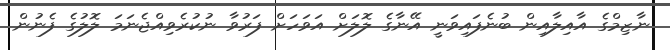
ނާޒިމްގެ އާއިލާއިން ބުނެފައިވަނީ އޭނާގެ ލޮލަށް އަވަހަށް ފަރުވާ ނުކުރެވިއްޖެނަމަ ލޮލުގެ ފެނުން